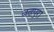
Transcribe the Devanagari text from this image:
बढ़पुरा